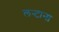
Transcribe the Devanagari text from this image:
लन्टाना